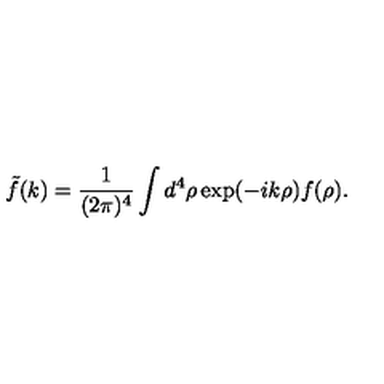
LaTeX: { \tilde { f } } ( k ) = \frac { 1 } { ( 2 \pi ) ^ { 4 } } \int d ^ { 4 } \rho \exp ( - i k \rho ) f ( \rho ) .